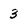
Character: 3